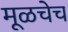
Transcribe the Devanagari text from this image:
मूळचेच